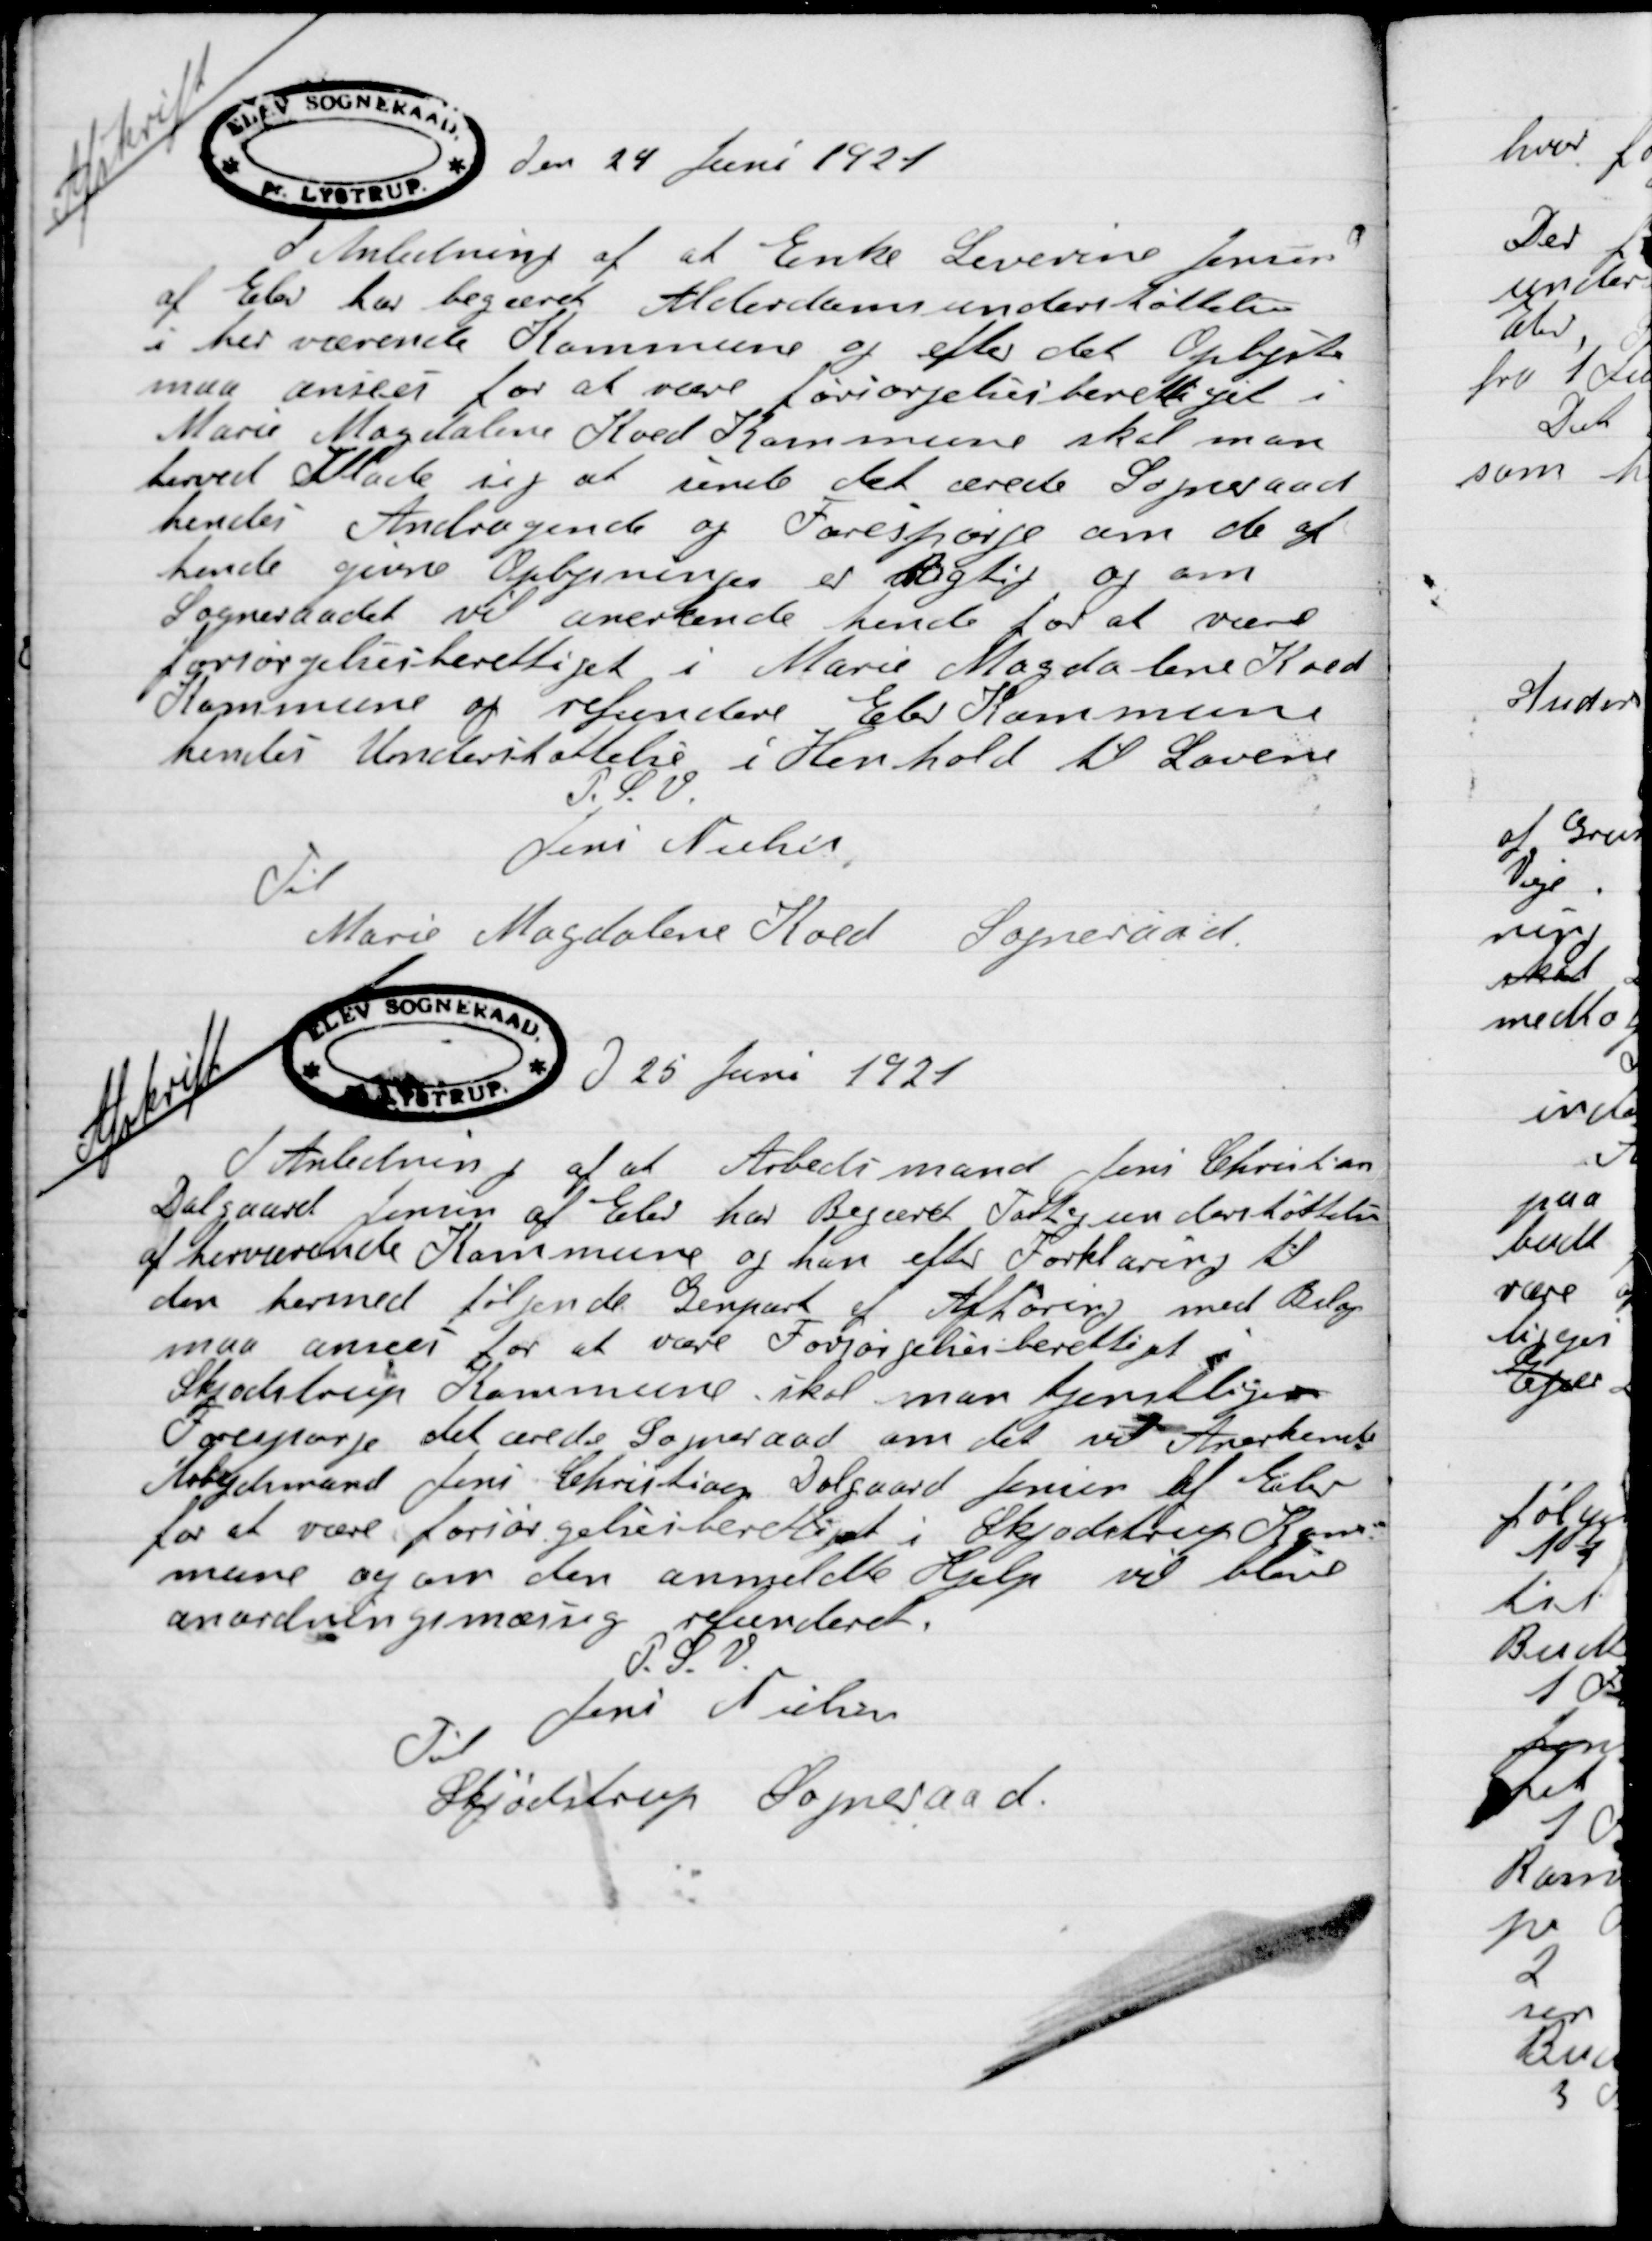
Transskription:
Afskrift
Den 24 Juni 1921
I Anledning af at Enke Severine Jensen
af Elev har begæret Alderdomsunderstøttelse
i herværende Kommune og efter det Oplyste
maa anses for at være forsørgelsesberettiget i
Marie Magdalene Koed Kommune skal man
herved tillade sig at sende det ærede Sogneraad
hendes Andragende og forespørge om de af
hende givne Oplysninger er Rigtig og om
Sogneraadet vil anerkende hende for at være
forsørgelsesberettiget i Marie Magdalene Koed
Kommune og refundere Elev Kommune
hendes Understøttelse i Henhold til Loven
P.S.V.
Jens Nielsen
Til
Marie Magdalene Koed  Sogneraad

Afskrift
Den 25 Juni 1921
I Anledning af at arbejdsmand Jens Christian
Dalgaard Jensen af Elev har begæret Fattigunderstøttelse
af herværende Kommune og han efter Forklaring til
den hermed følgende Genpart af Afhøring med Bilag
maa anses for at Forsørgelsesberettiget i
Skødstrup Kommune skal man tjendlige
Forespørge det ærede Sogneraad om det vil Anerkende
arbejdsmand Jens Christian Dalgaard Jensen af Elev
for at være forsørgelsesberettiget i Skødstrup Kom-
mune og om den anmeldte Hjælp vil blive
anordningsmæssig refunderet.
P.S.V.
Jens Nielsen
Til
Skjødstrup Sogneraad